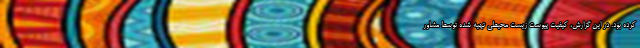
کرده بود. در این گزارش، کیفیت پیوست زیست محیطی تهیه شده توسط مشاور